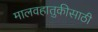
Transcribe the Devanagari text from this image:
मालवहातुकीसाठी